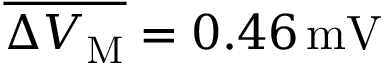
\overline { { \Delta V _ { \mathrm M } } } = 0 . 4 6 \, \mathrm { m V }